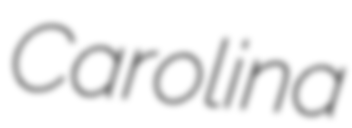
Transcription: Carolina